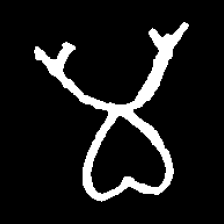
Pyu character \u2014 Myanmar letter: မ (romanized: ma)